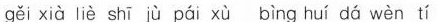
gěi xìà liè shī jù pái xù bìng huí dá wèn tí